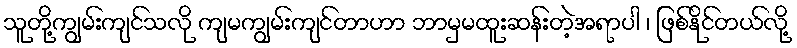
သူတို့ကျွမ်းကျင်သလို ကျမကျွမ်းကျင်တာဟာ ဘာမှမထူးဆန်းတဲ့အရာပါ ၊ ဖြစ်နိုင်တယ်လို့